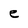
Character: e